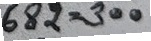
682 = 300